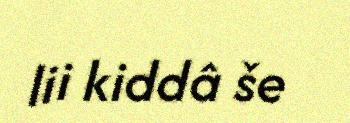
lii kiddâ še